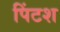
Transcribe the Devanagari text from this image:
पिंटश